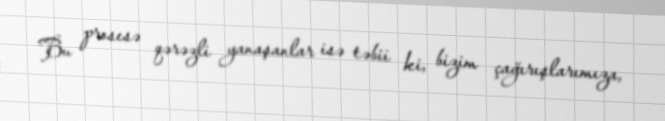
Bu prosesə qərəzli yanaşanlar isə təbii ki, bizim çağırışlarımıza,